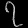
Digit: ၇